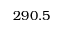
2 9 0 . 5